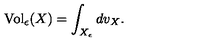
\mathrm { V o l } _ { \epsilon } ( X ) = \int _ { X _ { \epsilon } } d v _ { X } .